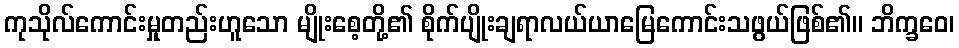
ကုသိုလ်ကောင်းမှုတည်းဟူသော မျိုးစေ့တို့၏ စိုက်ပျိုးချရာလယ်ယာမြေကောင်းသဖွယ်ဖြစ်၏။ ဘိက္ခဝေ၊